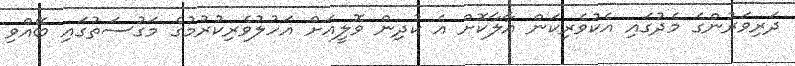
ދަރިވަރުންގެ މެދުގައި އެކުވެރިކަން އާލާކޮށް އެ ކުދިން ވޮލީއަށް އަހުލުވެރިކުރުމުގެ މަގުސަތުގައި ބޭއްވި